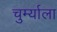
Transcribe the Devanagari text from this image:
चुर्म्याला